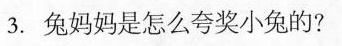
3.兔妈妈是怎么夸奖小兔的？